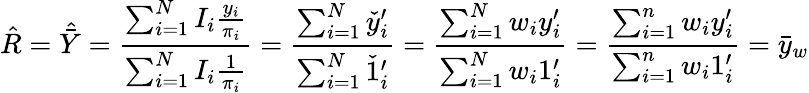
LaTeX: {\hat{R}}={\hat{\bar{Y}}}={\frac{\sum_{i=1}^{N}I_{i}{\frac{y_{i}}{\pi_{i}}}}{\sum_{i=1}^{N}I_{i}{\frac{1}{\pi_{i}}}}}={\frac{\sum_{i=1}^{N}{\check{y}}_{i}^{\prime}}{\sum_{i=1}^{N}{\check{1}}_{i}^{\prime}}}={\frac{\sum_{i=1}^{N}w_{i}y_{i}^{\prime}}{\sum_{i=1}^{N}w_{i}1_{i}^{\prime}}}={\frac{\sum_{i=1}^{n}w_{i}y_{i}^{\prime}}{\sum_{i=1}^{n}w_{i}1_{i}^{\prime}}}={\bar{y}}_{w}